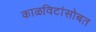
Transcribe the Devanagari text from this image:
काळविटांसोबत